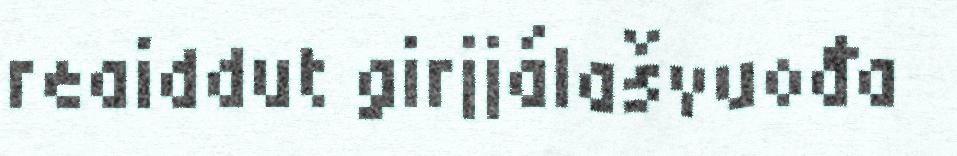
reaiddut girjjálašvuođa